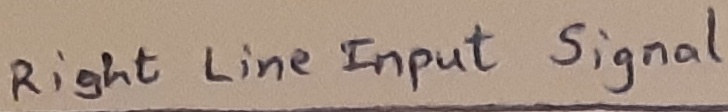
Text: Right lineInput signal